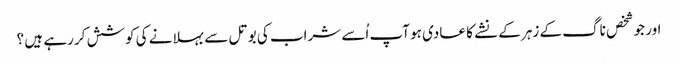
اور جو شخص ناگ کے زہر کے نشے کا عادی ہو آپ اُسے شراب کی بوتل سے بہلانے کی کوشش کر رہے ہیں ؟